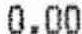
0.00